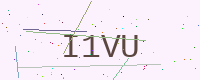
Text: I1VU